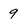
Character: 9